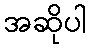
အဆိုပါ